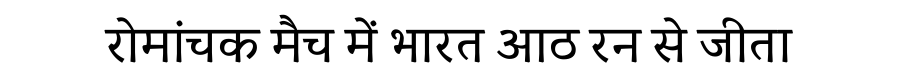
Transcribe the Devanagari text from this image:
रोमांचक मैच में भारत आठ रन से जीता